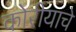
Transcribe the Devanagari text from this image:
कोरीयाचे